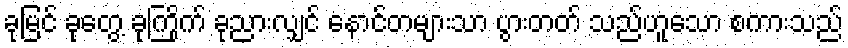
ခုမြင် ခုတွေ့ ခုကြိုက် ခုညားလျှင် နောင်တများသာ ပွားတတ် သည်ဟူသော စကားသည်